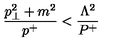
{ \frac { p _ { \perp } ^ { 2 } + m ^ { 2 } } { p ^ { + } } } < { \frac { \Lambda ^ { 2 } } { P ^ { + } } }